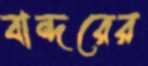
বান্দরের